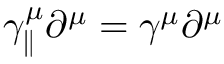
\gamma _ { \parallel } ^ { \mu } \partial ^ { \mu } = \gamma ^ { \mu } \partial ^ { \mu }